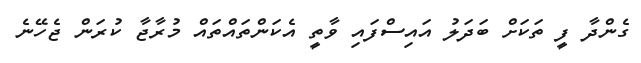
ގެންދާ ފީ ތަކަށް ބަދަލު އައިސްފައި ވާތީ އެކަންތައްތައް މުރާޖާ ކުރަން ޖެހޭނެ